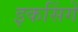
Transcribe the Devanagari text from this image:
इकसिंगें